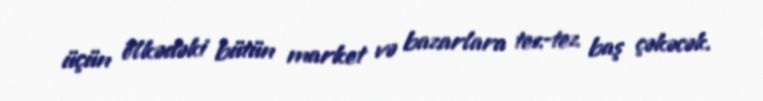
üçün ölkədəki bütün market və bazarlara tez-tez baş çəkəcək.